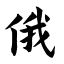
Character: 俄